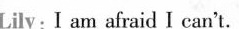
Lily: I am afraid I can't.